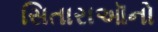
સિતારાઑનો